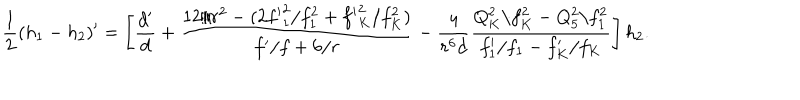
LaTeX: { \frac { 1 } { 2 } } ( h _ { 1 } - h _ { 2 } ) ^ { \prime } = \left[ { \frac { d ^ { \prime } } { d } } + { \frac { 1 2 / r ^ { 2 } - ( 2 { f ^ { \prime } } _ { 1 } ^ { 2 } / f _ { 1 } ^ { 2 } + { f ^ { \prime } } _ { K } ^ { 2 } / f _ { K } ^ { 2 } ) } { f ^ { \prime } / f + 6 / r } } - { \frac { 4 } { r ^ { 6 } d } } { \frac { Q _ { K } ^ { 2 } / f _ { K } ^ { 2 } - Q _ { 5 } ^ { 2 } / f _ { 1 } ^ { 2 } } { f _ { 1 } ^ { \prime } / f _ { 1 } - f _ { K } ^ { \prime } / f _ { K } } } \right] h _ { 2 } .